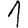
Digit: 1